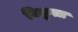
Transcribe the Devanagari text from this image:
विकृत्त